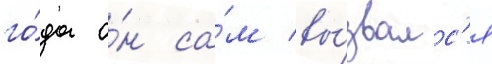
го́да о́н са́м вы́звалс'я